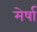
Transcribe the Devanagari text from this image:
मेर्षा